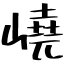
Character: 嶢